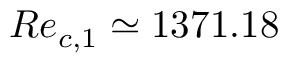
R e _ { c , 1 } \simeq 1 3 7 1 . 1 8